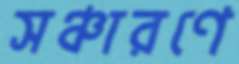
সঞ্চারণে